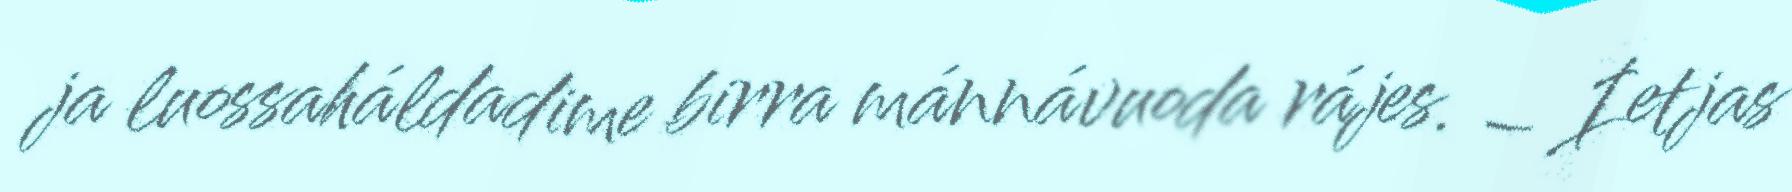
ja luossaháldadime birra mánnávuoda rájes. – Ietjas